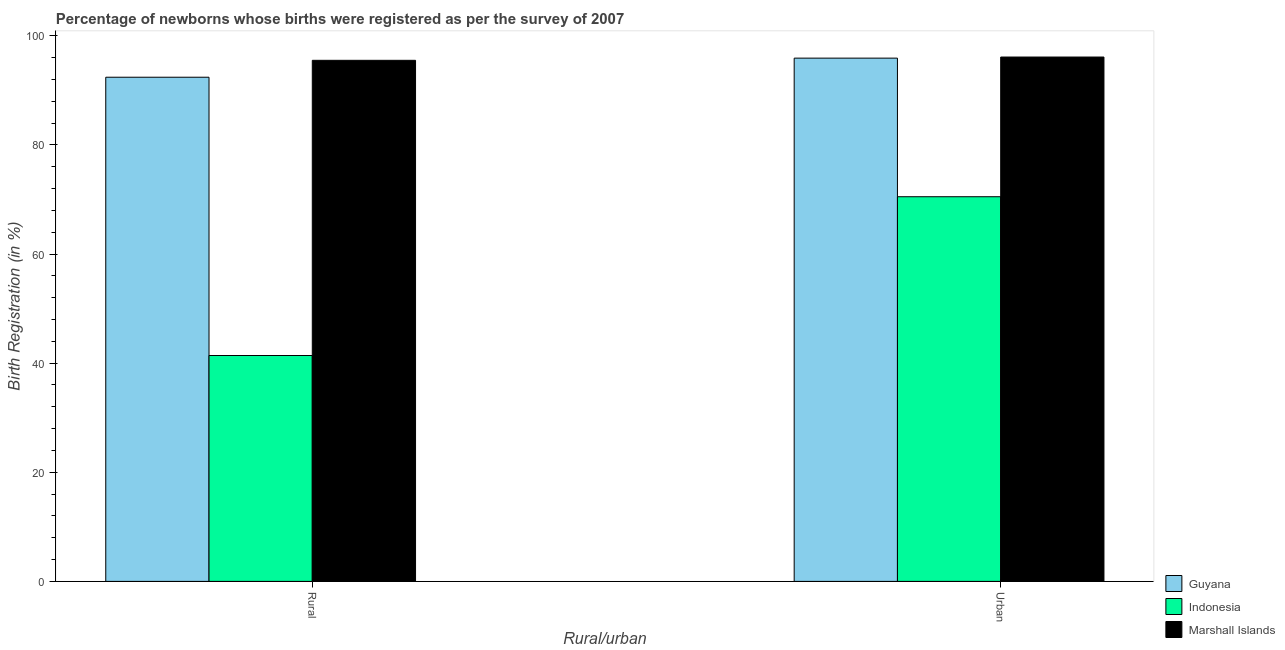
| Rural/urban | Guyana | Indonesia | Marshall Islands |
 | --- | --- | --- | --- |
 | Rural | 92.4 | 41.4 | 95.5 |
 | Urban | 95.9 | 70.5 | 96.1 |